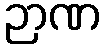
ဉာဏ